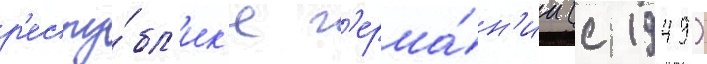
р'еспу́бл'ик'е г'ерма́н'ии (с 1949)